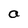
Character: a